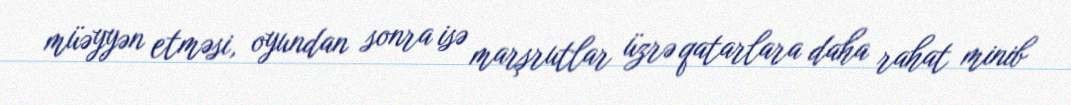
müəyyən etməsi, oyundan sonra isə marşrutlar üzrə qatarlara daha rahat minib